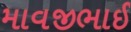
માવજીભાઈ